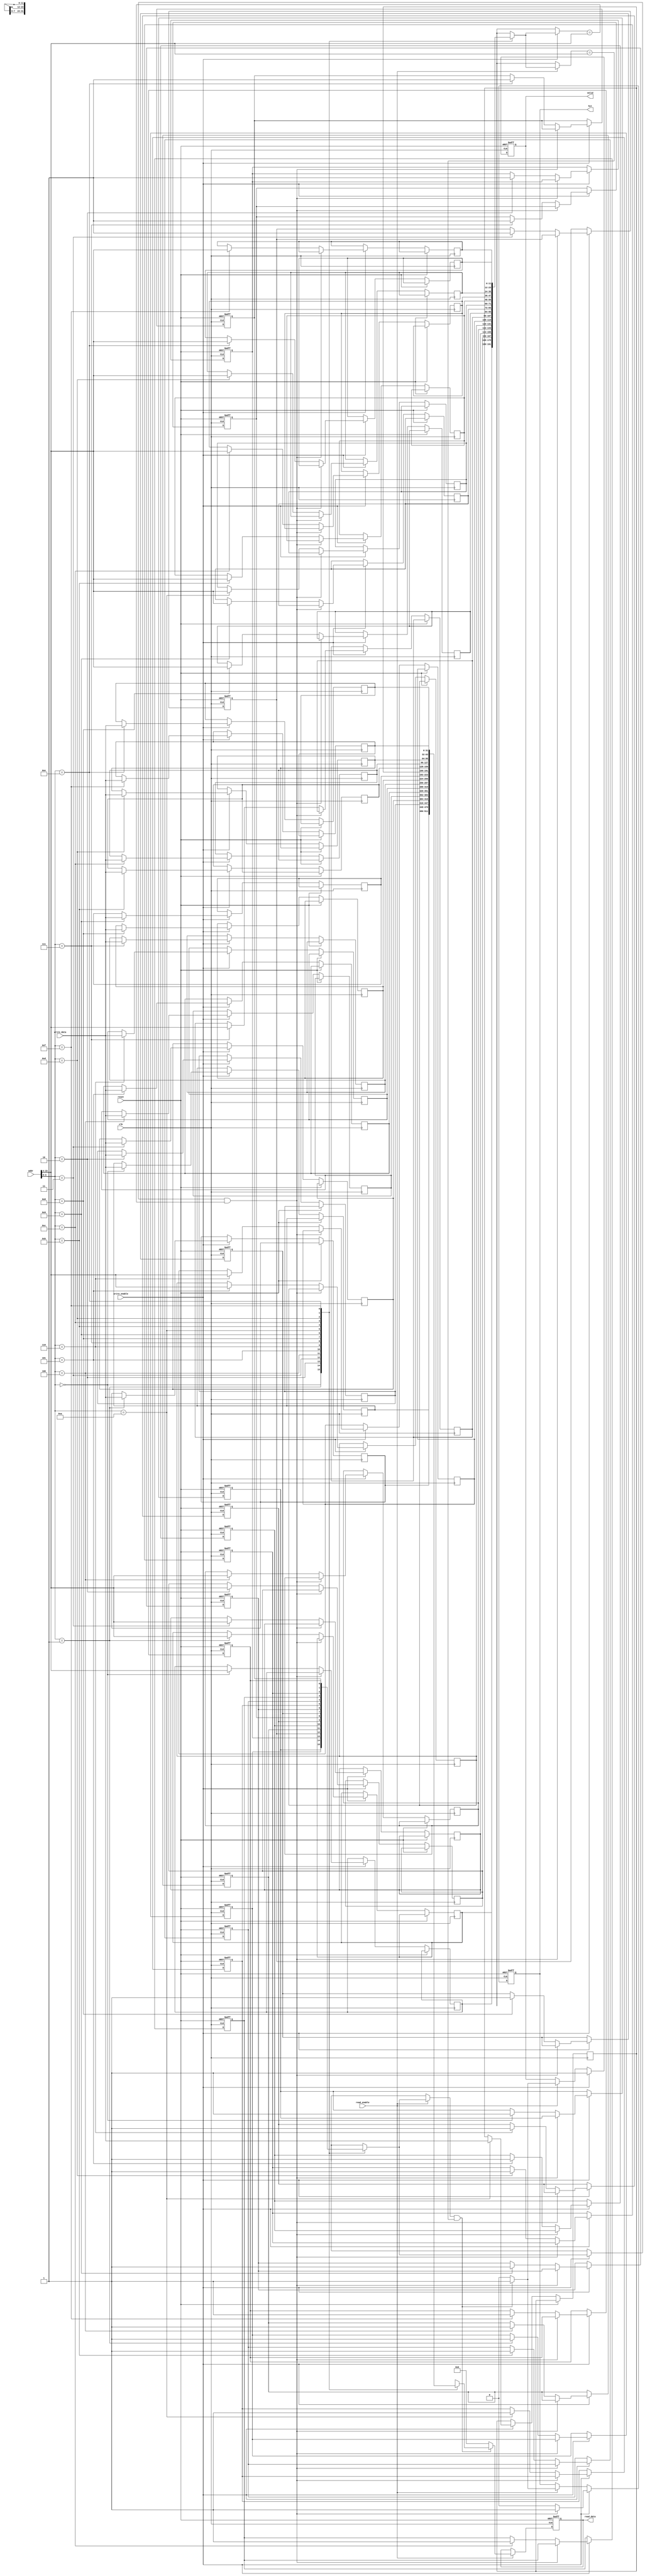
module io_cache #(
    parameter CACHE_SIZE = 16, // Number of cache lines
    parameter BLOCK_SIZE = 32,  // Size of each data block in bits
    parameter ADDR_WIDTH = 16,   // Address width
    parameter INDEX_WIDTH = 4,   // Index width (log2(CACHE_SIZE))
    parameter TAG_WIDTH = ADDR_WIDTH - INDEX_WIDTH // Tag width
)(
    input wire clk,
    input wire reset,
    input wire [ADDR_WIDTH-1:0] addr, // Address for read/write
    input wire [BLOCK_SIZE-1:0] write_data, // Data to write
    input wire read_enable, // Read enable signal
    input wire write_enable, // Write enable signal
    output reg [BLOCK_SIZE-1:0] read_data, // Data read from cache
    output reg hit, // Hit signal
    output reg valid // Valid signal for the operation
);

    // Cache line structure
    reg [BLOCK_SIZE-1:0] cache_data [0:CACHE_SIZE-1]; // Cache data
    reg [TAG_WIDTH-1:0] cache_tag [0:CACHE_SIZE-1]; // Cache tags
    reg cache_valid [0:CACHE_SIZE-1]; // Valid bits
    reg cache_dirty [0:CACHE_SIZE-1]; // Dirty bits
    reg [CACHE_SIZE-1:0] lru_counter; // LRU counter for replacement policy

    // Address decomposition
    wire [TAG_WIDTH-1:0] tag = addr[ADDR_WIDTH-1:ADDR_WIDTH-TAG_WIDTH];
    wire [INDEX_WIDTH-1:0] index = addr[INDEX_WIDTH-1:0];

    integer i;

    // Cache initialization
    initial begin
        for (i = 0; i < CACHE_SIZE; i = i + 1) begin
            cache_valid[i] = 0;
            cache_dirty[i] = 0;
            lru_counter[i] = 0;
        end
    end

    // Cache operation
    always @(posedge clk or posedge reset) begin
        if (reset) begin
            // Reset cache
            for (i = 0; i < CACHE_SIZE; i = i + 1) begin
                cache_valid[i] = 0;
                cache_dirty[i] = 0;
                lru_counter[i] = 0;
            end
            read_data <= 0;
            hit <= 0;
            valid <= 0;
        end else begin
            // Read operation
            if (read_enable) begin
                if (cache_valid[index] && (cache_tag[index] == tag)) begin
                    // Cache hit
                    read_data <= cache_data[index];
                    hit <= 1;
                    valid <= 1;
                end else begin
                    // Cache miss
                    read_data <= 0; // Simulate fetching from memory
                    hit <= 0;
                    valid <= 0;
                end
            end

            // Write operation
            if (write_enable) begin
                if (cache_valid[index] && (cache_tag[index] == tag)) begin
                    // Cache hit
                    cache_data[index] <= write_data;
                    cache_dirty[index] <= 1; // Mark as dirty
                    hit <= 1;
                    valid <= 1;
                end else begin
                    // Cache miss
                    cache_data[index] <= write_data; // Simulate fetching from memory
                    cache_tag[index] <= tag;
                    cache_valid[index] <= 1;
                    cache_dirty[index] <= 1; // Mark as dirty
                    hit <= 0;
                    valid <= 1;
                end
            end
        end
    end

endmodule